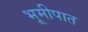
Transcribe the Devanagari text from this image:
भूमीपात